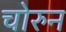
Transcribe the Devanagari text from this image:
चोरुन